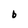
Character: b